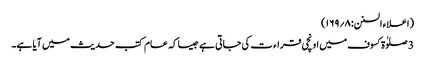
(اعلاء السنن:۸؍۱۶۹)
3 صلوٰۃ کسوف میں اونچی قراء ت کی جاتی ہے جیسا کہ عام کتب حدیث میں آیا ہے۔